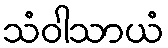
သံဝါသာယံ